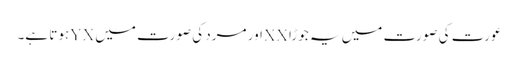
عورت کی صورت میں یہ جوڑا XXاور مرد کی صورت میں YXہوتا ہے۔